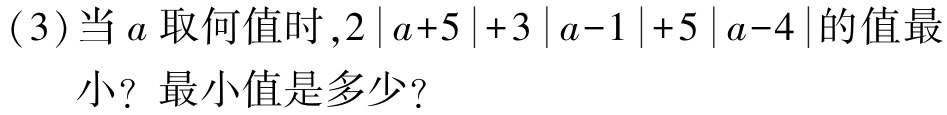
(3)当\(a\)取何值时,\(2\left|a + 5\right|+3\left|a - 1\right|+5\left|a - 4\right|\)的值最

小？最小值是多少？